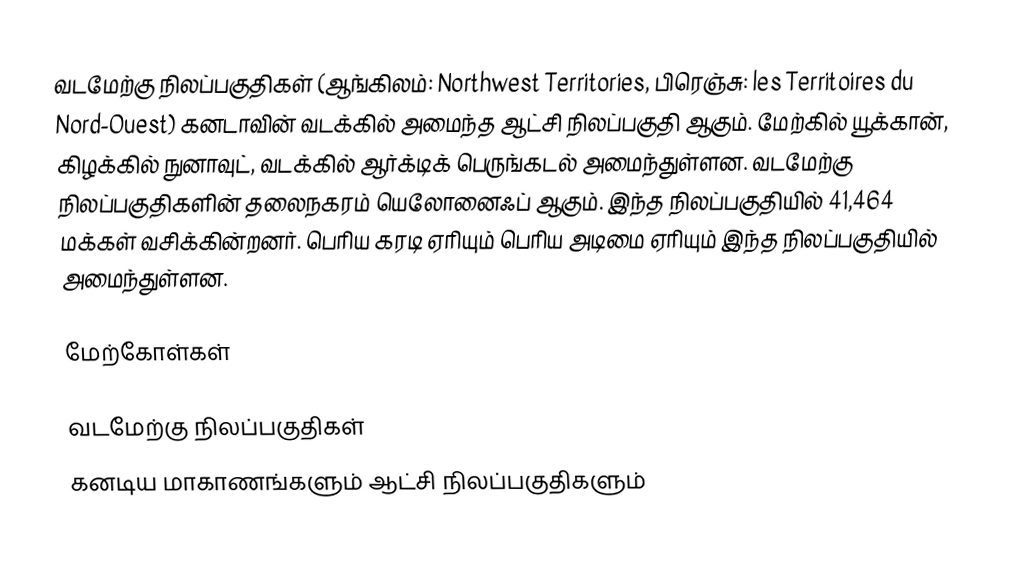
வடமேற்கு நிலப்பகுதிகள் (ஆங்கிலம்: Northwest Territories, பிரெஞ்சு: les Territoires du Nord-Ouest) கனடாவின் வடக்கில் அமைந்த ஆட்சி நிலப்பகுதி ஆகும். மேற்கில் யூக்கான், கிழக்கில் நுனாவுட், வடக்கில் ஆர்க்டிக் பெருங்கடல் அமைந்துள்ளன. வடமேற்கு நிலப்பகுதிகளின் தலைநகரம் யெலோனைஃப் ஆகும். இந்த நிலப்பகுதியில் 41,464 மக்கள் வசிக்கின்றனர். பெரிய கரடி ஏரியும் பெரிய அடிமை ஏரியும் இந்த நிலப்பகுதியில் அமைந்துள்ளன.

மேற்கோள்கள்

வடமேற்கு நிலப்பகுதிகள்
கனடிய மாகாணங்களும் ஆட்சி நிலப்பகுதிகளும்